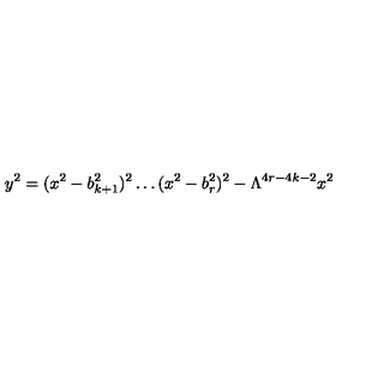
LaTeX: y ^ { 2 } = ( x ^ { 2 } - b _ { k + 1 } ^ { 2 } ) ^ { 2 } \ldots ( x ^ { 2 } - b _ { r } ^ { 2 } ) ^ { 2 } - \Lambda ^ { 4 r - 4 k - 2 } x ^ { 2 }